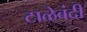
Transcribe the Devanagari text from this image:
टाळेबंदी